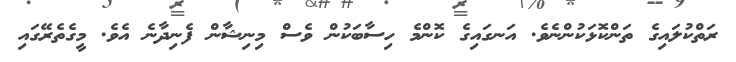
ރަތްކުލައިގެ ތަންކޮޅަކުންނެވެ. އަނގައިގެ ކޮންމެ ހިސާބަކުން ވެސް މިނިޝާން ފެނިދާނެ އެވެ. މީގެތެރޭގައި